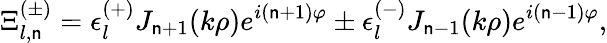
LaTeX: \Xi_{l,\mathsf{n}}^{(\pm)}=\epsilon_{l}^{(+)}J_{\mathsf{n}+1}(k\rho)e^{i(\mathsf{n}+1)\varphi}\pm\epsilon_{l}^{(-)}J_{\mathsf{n}-1}(k\rho)e^{i(\mathsf{n}-1)\varphi},